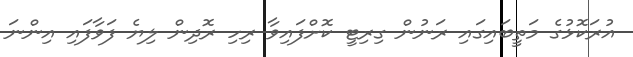
އުރަކޮޅުގެ މަތީބައިގައި ރަނުން ގިރިޓީ ކޮށްފައިވާ ރިހި ރޮދިން ލިޔެ ފަވާފައި އިންނަ